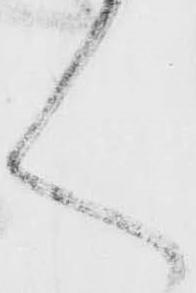
く